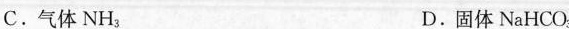
C.气体NH_{3} D.固体NaHCO_{3}